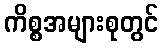
ကိစ္စအများစုတွင်